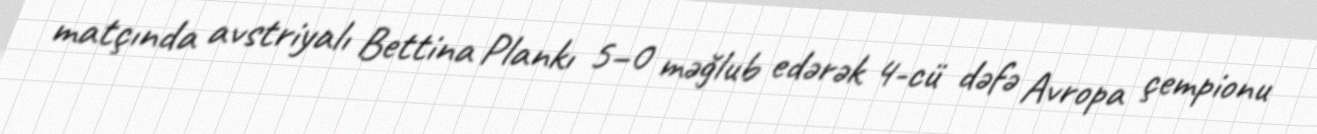
matçında avstriyalı Bettina Plankı 5–0 məğlub edərək 4-cü dəfə Avropa çempionu